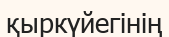
қыркүйегінің